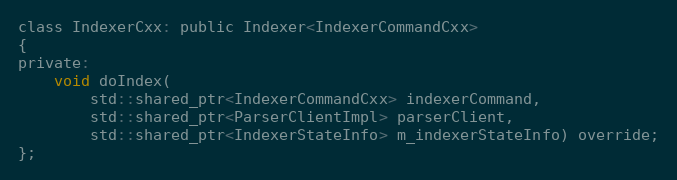
Language: C
class IndexerCxx: public Indexer<IndexerCommandCxx>
{
private:
	void doIndex(
		std::shared_ptr<IndexerCommandCxx> indexerCommand,
		std::shared_ptr<ParserClientImpl> parserClient,
		std::shared_ptr<IndexerStateInfo> m_indexerStateInfo) override;
};